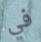
في